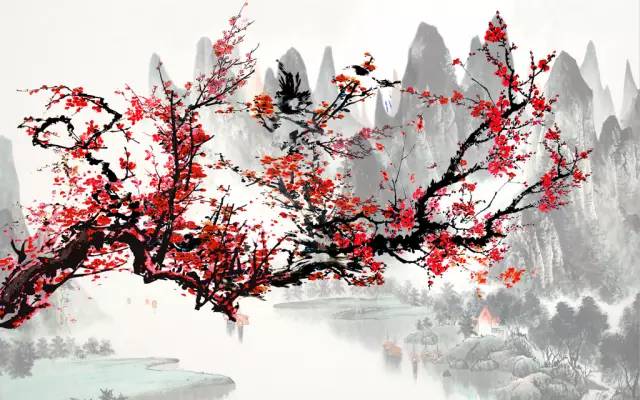
细看不是雪无香，天风吹得香零落。